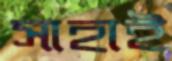
সাহাই